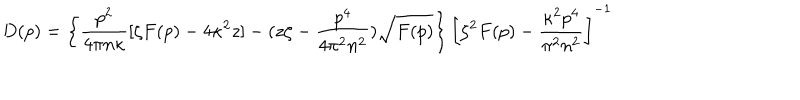
D ( p ) = \left\{ \frac { p ^ { 2 } } { 4 \pi n \kappa } [ \zeta F ( p ) - 4 \kappa ^ { 2 } z ] - ( z \zeta - \frac { p ^ { 4 } } { 4 \pi ^ { 2 } n ^ { 2 } } ) \sqrt { F ( p ) } \right\} \left[ \zeta ^ { 2 } F ( p ) - \frac { \kappa ^ { 2 } p ^ { 4 } } { \pi ^ { 2 } n ^ { 2 } } \right] ^ { - 1 }